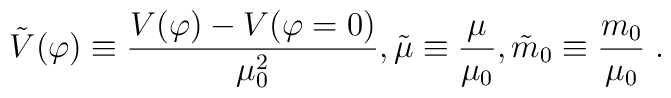
{\tilde{V}}(\varphi)\equiv {\frac {V(\varphi)-V(\varphi=0)}{\mu_0^2}},{\tilde{\mu}}\equiv {\frac {\mu}{\mu_0}},{\tilde{m}}_0\equiv {\frac {m_0}{\mu_0}} \;.